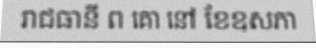
រាជធានី ព គោ នៅ ខែឧសភា